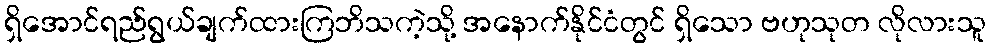
ရှိအောင်ရည်ရွယ်ချက်ထားကြဘိသကဲ့သို့ အနောက်နိုင်ငံတွင် ရှိသော ဗဟုသုတ လိုလားသူ